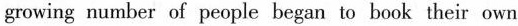
growing number of people began to book their own